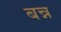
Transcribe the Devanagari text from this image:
बन्न